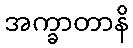
အက္ခာတာနိ